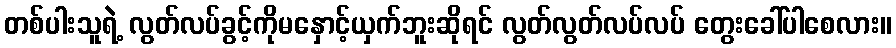
တစ်ပါးသူရဲ့ လွတ်လပ်ခွင့်ကိုမနှောင့်ယှက်ဘူးဆိုရင် လွတ်လွတ်လပ်လပ် တွေးခေါ်ပါစေလား။